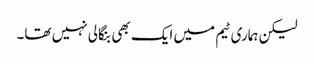
لیکن ہماری ٹیم میں ایک بھی بنگالی نہیں تھا۔